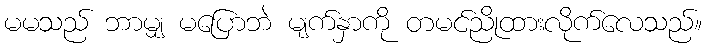
မမသည် ဘာမျှ မပြောဘဲ မျက်နှာကို တမင်ညိုထားလိုက်လေသည်။